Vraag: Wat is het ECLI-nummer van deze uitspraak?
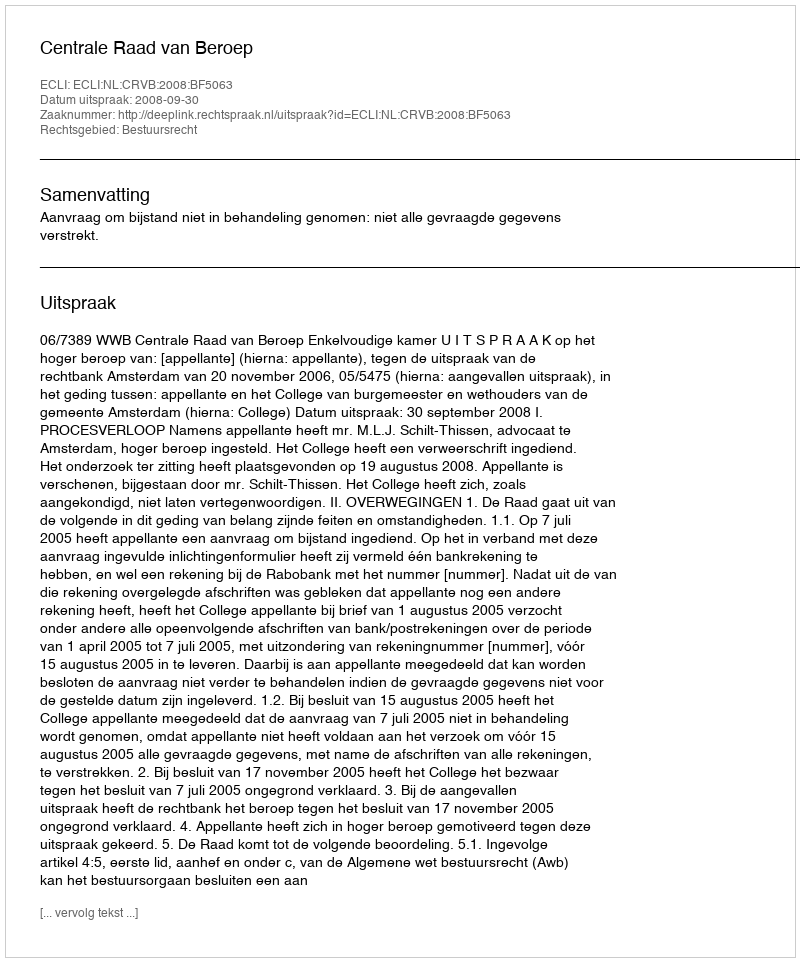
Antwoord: ECLI:NL:CRVB:2008:BF5063